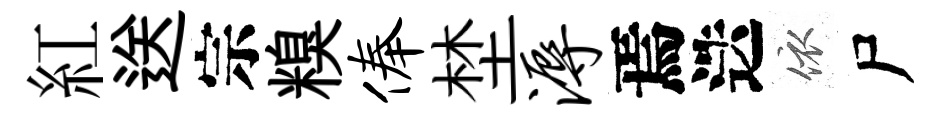
紅送宗糗俸埜溽焉迭依尸